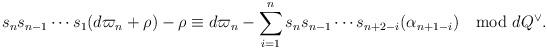
LaTeX: \begin{align*} s_ns_{n-1}\cdots s_1(d\varpi_n+\rho) - \rho \equiv d\varpi_n - \sum_{i=1}^ns_ns_{n-1}\cdots s_{n+2-i}(\alpha_{n+1-i}) \mod dQ^\vee.\end{align*}